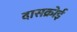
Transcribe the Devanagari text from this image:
दासक्रोई